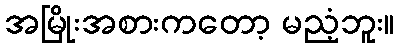
အမြိုးအစားကတော့ မညံ့ဘူး။